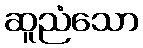
ဆူညံသော